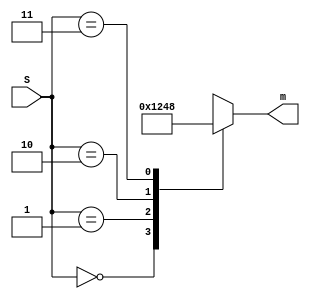
module decoder_2x1(m, S);
	input [1:0]S; // select
	//input en; // enable (positive logic)
	output reg [3:0]m; // 32 minterms

always @(S)
    case (S)   //case statement. Check all the 8 combinations.
        2'b00 : m = 4'b0001;
        2'b01 : m = 4'b0010;
		  2'b10 : m = 4'b0100;
        2'b11 : m = 4'b1000;
        //To make sure that latches are not created create a default value for output.
        default : m = 4'b0000; 
endcase
endmodule